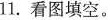
11.看图填空。